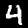
Digit: 4